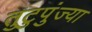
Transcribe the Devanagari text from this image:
तुटुपुंज्या